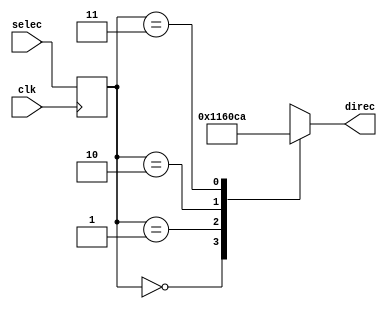
`timescale 1ns / 1ps

module Registros(
    input wire clk,
    input wire [1:0] selec,  //Aqui corregi el numero de bits, tenia 3 bits y solo son necesarios 2
    output reg [6:0] direc //ms significativo de direcciones
    );
reg [1:0] selec_reg;

always @(posedge clk)
     selec_reg <= selec;
always @*
   case(selec_reg)
           2'b00: direc = 7'b0000000;  //igual aqui
           2'b01: direc = 7'b1000101;
           2'b10: direc = 7'b1000001;
           2'b11: direc = 7'b1001010;
    endcase
endmodule